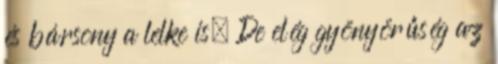
és bársony a lelke is. De elég gyönyörűség az